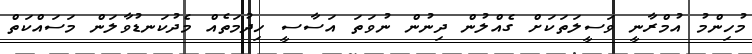
މުހިންމު އުމްރާނީ ވަސީލަތަކަށް ގެއްލުން ދިނުން ނުވަތަ އަސާސީ ހިދުމަތެއް މެދުކަނޑުވާލަން މަސައްކަތް